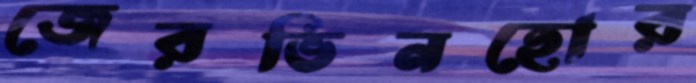
জেরভিনহোর